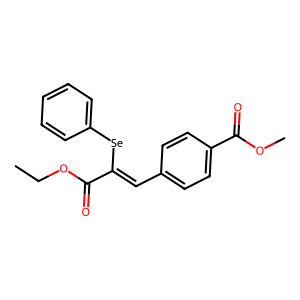
SMILES: CCOC(=O)C(=Cc1ccc(C(=O)OC)cc1)[Se]c1ccccc1
Inhibits HIV replication: No